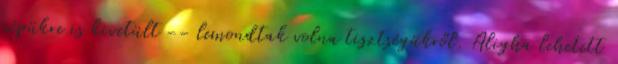
népükre is kivetült -- lemondtak volna tisztségükről. Aligha lehetett